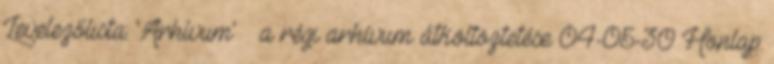
Levelezőlista: 'Arhívum' » a régi arhívum átköltöztetése 04-05-30 Honlap: